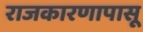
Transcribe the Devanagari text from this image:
राजकारणापासू